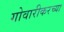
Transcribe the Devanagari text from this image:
गोवारीकरच्या